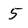
Character: 5